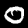
Label: 0